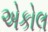
એકોલ